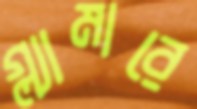
গ্ল্যামারে